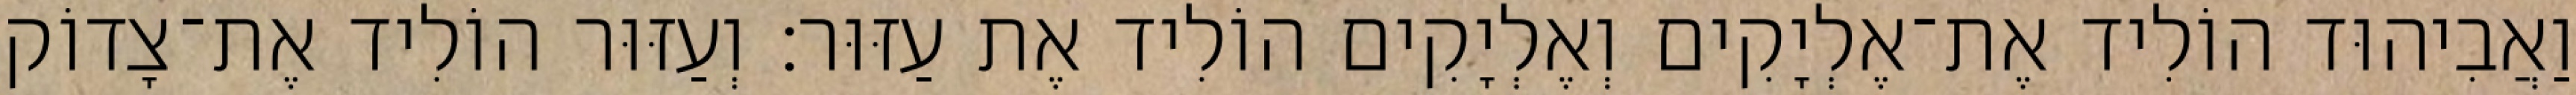
וַאֲבִיהוּד הוֹלִיד אֶת־אֶלְיָקִים וְאֶלְיָקִים הוֹלִיד אֶת עַזּוּר׃ וְעַזּוּר הוֹלִיד אֶת־צָדוֹק